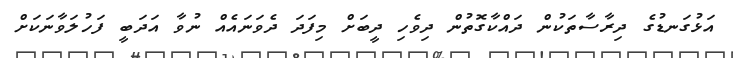
އަޅުގަނޑުގެ ދިރާސާތަކުން ދައްކާގޮތުން ދިވެހި ދީބަށް މިފަދަ ދެވަނައެއް ނުވާ އަދަބީ ފަހުލަވާނަކަށް